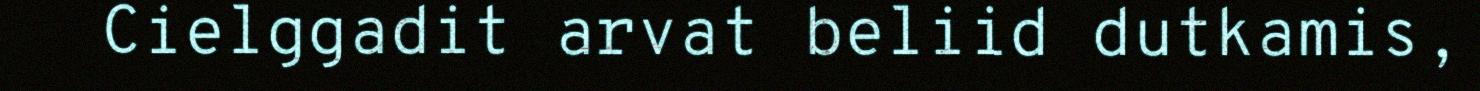
Cielggadit arvat beliid dutkamis,